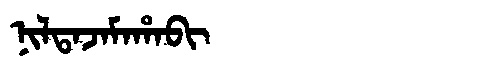
Manchu: ᠨᡳᠯᡨᠠᠵᠠᠮᠠᡥᠠᠪᡳ
Romanization: NILTAJAMAHABI